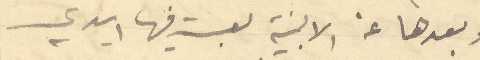
وبعدها عن الابنية لعبت فيها ايدي